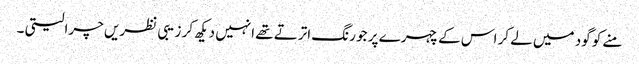
منے کو گود میں لے کر اس کے چہرے پر جو رنگ اترتے تھے انہیں دیکھ کر زیبی نظریں چرا لیتی ۔